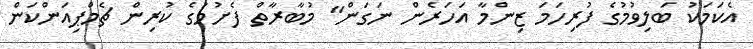
އެކަމަކު ބަލިވުމުގެ ފުރިހަމަ ޒިންމާ އަހަރެން ނަގަން" މުބާރާތް ފެށުމުގެ ކުރިން ޗެމްޕިއަންކަން